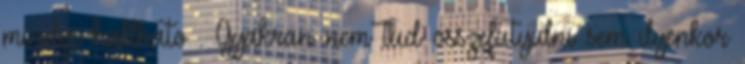
mindgi hallhato . Gyakran nem tud osszefutyulni sem ilyenkor